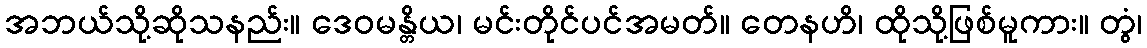
အဘယ်သို့ဆိုသနည်း။ ဒေဝမန္တိယ၊ မင်းတိုင်ပင်အမတ်။ တေနဟိ၊ ထိုသို့ဖြစ်မူကား။ တွံ၊